Annual statistical returns and brief notes on vaccination in Bengal - 1909-1929
Year: 1909
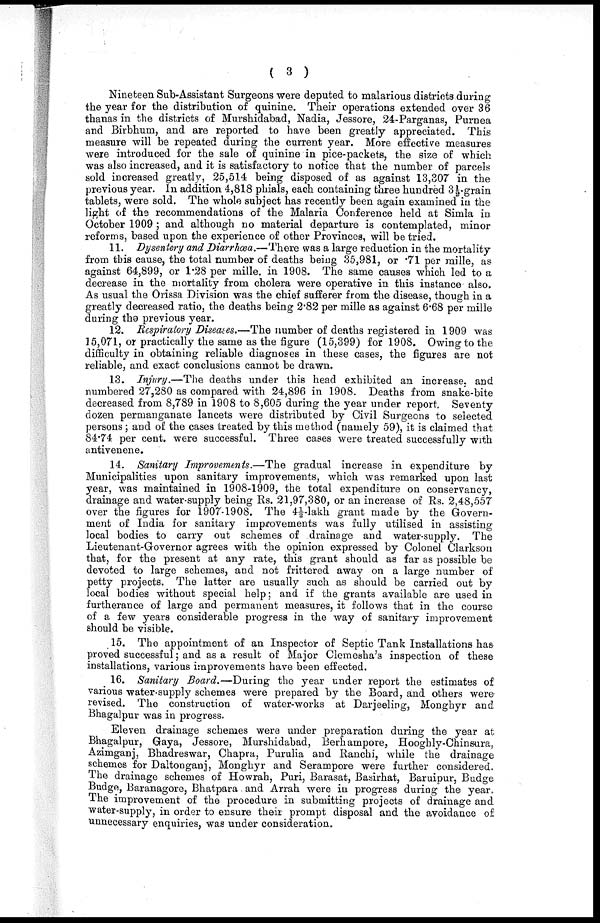
( 3 )
Nineteen Sub-Assistant Surgeons were deputed to malarious districts during
the year for the distribution of quinine. Their operations extended over 36
thanas in the districts of Murshidabad, Nadia, Jessore, 24-Parganas, Purnea
and Birbhum, and are reported to have been greatly appreciated. This
measure will be repeated during the current year. More effective measures
were introduced for the sale of quinine in pice-packets, the size of which
was also increased, and it is satisfactory to notice that the number of parcels
sold increased greatly, 25,514 being disposed of as against 13,307 in the
previous year. In addition 4,818 phials, each containing three hundred 3½-grain
tablets, were sold. The whole subject has recently been again examined in the
light of the recommendations of the Malaria Conference held at Simla in
October 1909 ; and although no material departure is contemplated, minor
reforms, based upon the experience of other Provinces, will be tried.
11. Dysentery and Diarrhœa.—There was a large reduction in the mortality
from this cause, the total number of deaths being 35,981, or .71 per mille, as
against 64,899, or 1.28 per mille. in 1908. The same causes which led to a
decrease in the mortality from cholera were operative in this instance also.
As usual the Orissa Division was the chief sufferer from the disease, though in a
greatly decreased ratio, the deaths being 2.82 per mille as against 6.68 per mille
during the previous year.
12. Respiratory Diseases.—The number of deaths registered in 1909 was
15,071, or practically the same as the figure (15,399) for 1908. Owing to the
difficulty in obtaining reliable diagnoses in these cases, the figures are not
reliable, and exact conclusions cannot be drawn.
13. Injury.—The deaths under this head exhibited an increase, and
numbered 27,280 as compared with 24,896 in 1908. Deaths from snake-bite
decreased from 8,789 in 1908 to 8,605 during the year under report. Seventy
dozen permanganate lancets were distributed by Civil Surgeons to selected
persons ; and of the cases treated by this method (namely 59), it is claimed that
84.74 per cent. were successful. Three cases were treated successfully with
antivenene.
14. Sanitary Improvements.—The gradual increase in expenditure by
Municipalities upon sanitary improvements, which was remarked upon last
year, was maintained in 1908-1909, the total expenditure on conservancy,
drainage and water-supply being Rs. 21,97,380, or an increase of Rs. 2,48,557
over the figures for 1907-1908. The 4½-lakh grant made by the Govern-
ment of India for sanitary improvements was fully utilised in assisting
local bodies to carry out schemes of drainage and water-supply. The
Lieutenant-Governor agrees with the opinion expressed by Colonel Clarkson
that, for the present at any rate, this grant should as far as possible be
devoted to large schemes, and not frittered away on a large number of
petty projects. The latter are usually such as should be carried out by
local bodies without special help; and if the grants available are used in
furtherance of large and permanent measures, it follows that in the course
of a few years considerable progress in the way of sanitary improvement
should be visible.
15. The appointment of an Inspector of Septic Tank Installations has
proved successful; and as a result of Major Clemesha's inspection of these
installations, various improvements have been effected.
16. Sanitary Board.—During the year under report the estimates of
various water supply schemes were prepared by the Board, and others were
revised. The construction of water-works at Darjeeling, Monghyr and
Bhagalpur was in progress.
Eleven drainage schemes were under preparation during the year at
Bhagalpur, Gaya, Jessore, Murshidabad, Berhampore, Hooghly-Chinsura,
Azimganj, Bhadreswar, Chapra, Purulia and Ranchi, while the drainage
schemes for Daltonganj, Monghyr and Serampore were further considered.
The drainage schemes of Howrah, Puri, Barasat, Basirhat, Baruipur, Budge
Budge, Baranagore, Bhatpara and Arrah were in progress during the year.
The improvement of the procedure in submitting projects of drainage and
water-supply, in order to ensure their prompt disposal and the avoidance of
unnecessary enquiries, was under consideration.